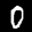
Label: 0